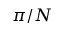
\pi / N